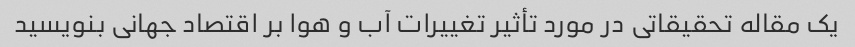
یک مقاله تحقیقاتی در مورد تأثیر تغییرات آب و هوا بر اقتصاد جهانی بنویسید